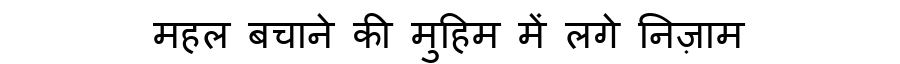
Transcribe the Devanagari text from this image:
महल बचाने की मुहिम में लगे निज़ाम